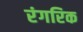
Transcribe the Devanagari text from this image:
रंगरिक